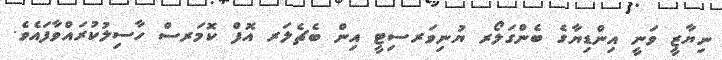
ނިޔާޒީ ވަނީ އިންޑިޔާގެ ބެންގަލޯރ ޔުނިވަރސިޓީ އިން ބެޗެލަރ އޮފް ކޮމަރސް ހާސިލުކުރައްވާފައެވެ.